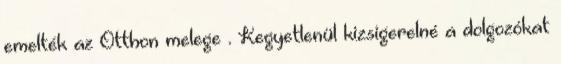
emelték az Otthon melege . Kegyetlenül kizsigerelné a dolgozókat